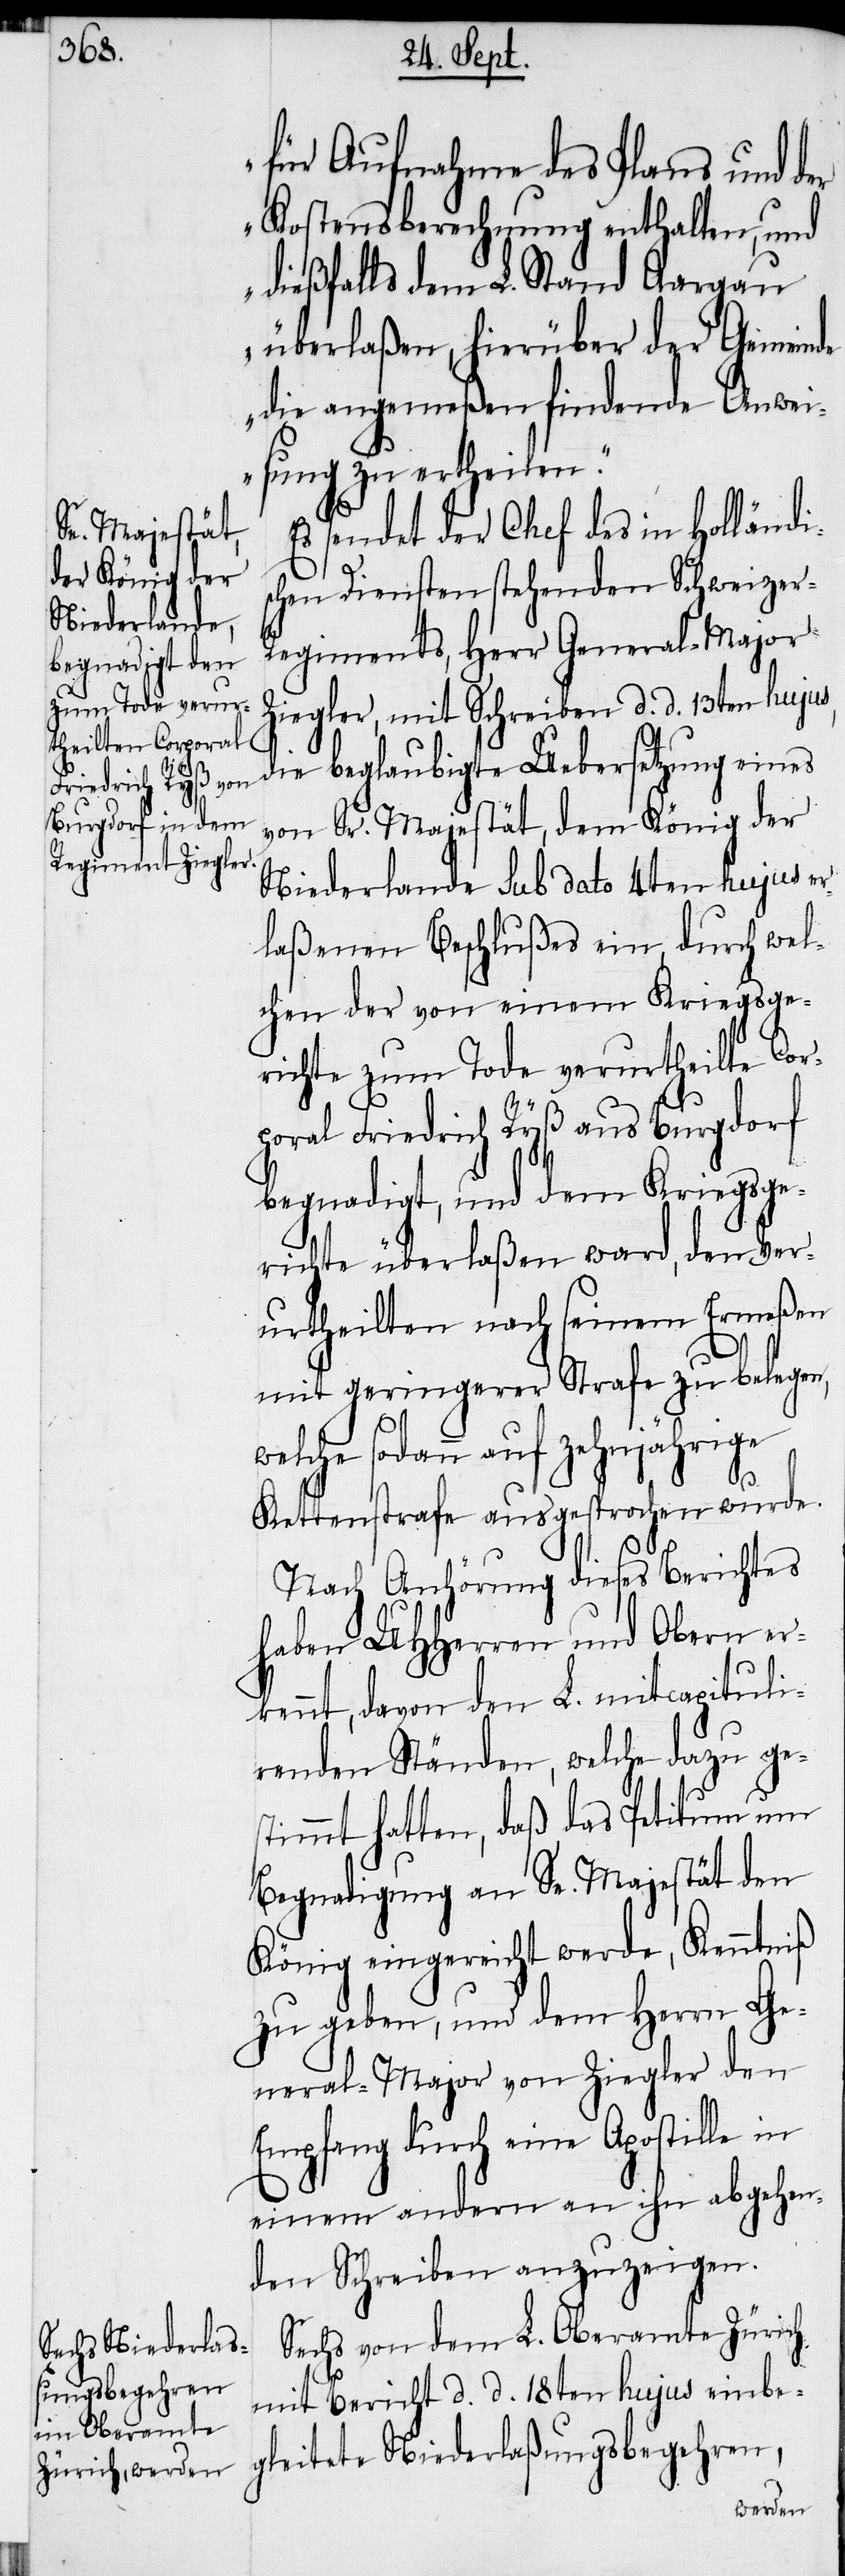
Begna¬
für Aufnahme des Plans und der
Kostensberechnung enthalten, und
dießfalls dem L. Stand Aargau
überlaßen, hierüber der Gemeinde
die angemeßen findende Anwei¬
sung zu ertheilen.“
Es sendet der Chef des in Holländi¬
schen Diensten stehenden Schweize¬
r-Regiments, Herr General-Major
Ziegler, mit Schreiben d. d. 13ten hujus,
von Sr. Majestät, dem König der
Niederlande sub dato 4ten hujus er¬
laßenen Beschlußes ein, durch wel¬
chen der von einem Kriegsge¬
richte zum Tode verurtheilte Cor¬
poral Friedrich Ryß aus Burgdorf
begnadigt, und dem Kriegsge¬
richte überlaßen ward, den Ver¬
urtheilten nach seinem Ermeßen
mit geringerer Strafe zu belegen,
welche sodann auf zehnjährige
Kettenstrafe ausgesprochen wurde.
Nach Anhörung dieses Berichtes
haben UHHerren und Obern er¬
kennt, davon den L. mitcapituli¬
renden Ständen, welche dazu ge¬
stimmt hatten, daß das Petitum um
digung eingereicht werde, Kenntniß
zu geben, und dem Herrn Ge¬
neral-Major von Ziegler den
Empfang durch eine Apostille in
einem andern an ihn abgehen¬
den Schreiben anzuzeigen.
Sechs von dem L. Oberamte Zürich
mit Bericht d. d. 18ten hujus einbe¬
gleitete Niederlaßungsbegehren,